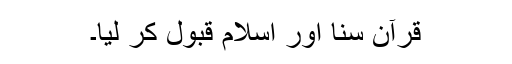
قرآن سنا اور اسلام قبول کر لیا۔